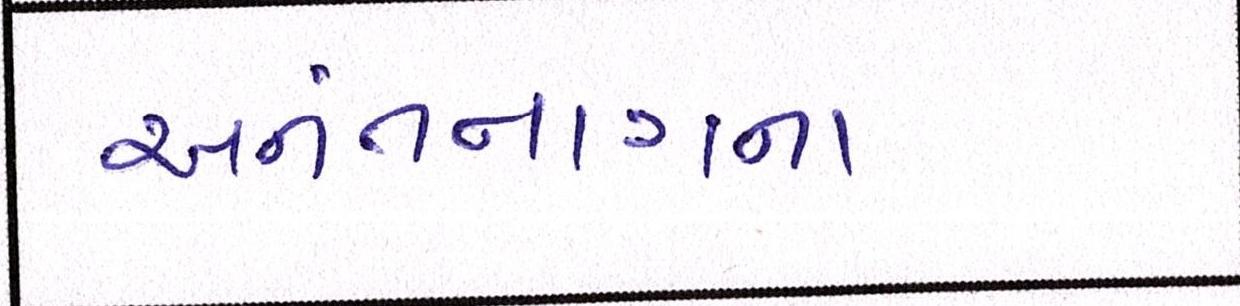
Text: અનંતનાગના